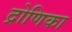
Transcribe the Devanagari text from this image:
द्रोणिका